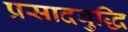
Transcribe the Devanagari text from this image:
प्रसादबुद्धि